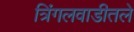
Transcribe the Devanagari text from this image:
त्रिंगलवाडीतले